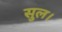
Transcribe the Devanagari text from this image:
सुल।